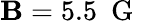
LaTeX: \mathbf{B}=5.5~\mathrm{{~G~}}